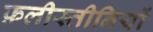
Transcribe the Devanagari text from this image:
फ़लीस्तीनियों